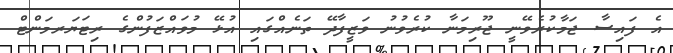
އެ ފައިސާ ޖަމާކުރެވޭނީ ޖޫރިމަނާ ކުރެވުނު ވަޒީފާދޭ ތަނެއްގައި އުޅޭ މުވައްޒަފުންގެ ރިޓަޔަރމަންޓް